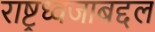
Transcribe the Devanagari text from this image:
राष्ट्रध्वजाबद्दल